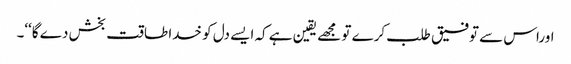
اوراس سے توفیق طلب کرے تو مجھے یقین ہے کہ ایسے دل کو خدا طاقت بخش دے گا‘‘۔